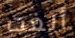
ألغت